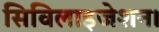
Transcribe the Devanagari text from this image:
सिविलाइजेशन।